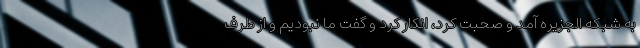
به شبکه الجزیره آمد و صحبت کرد، انکار کرد و گفت ما نبودیم و از طرف